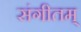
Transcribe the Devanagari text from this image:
संगीतम्‌